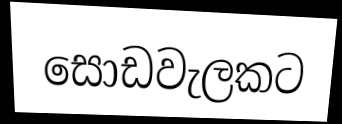
සොඩවැලකට